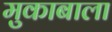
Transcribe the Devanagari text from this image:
मुकाबाला